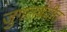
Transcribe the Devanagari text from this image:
जुगलबंदीत